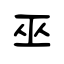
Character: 巫